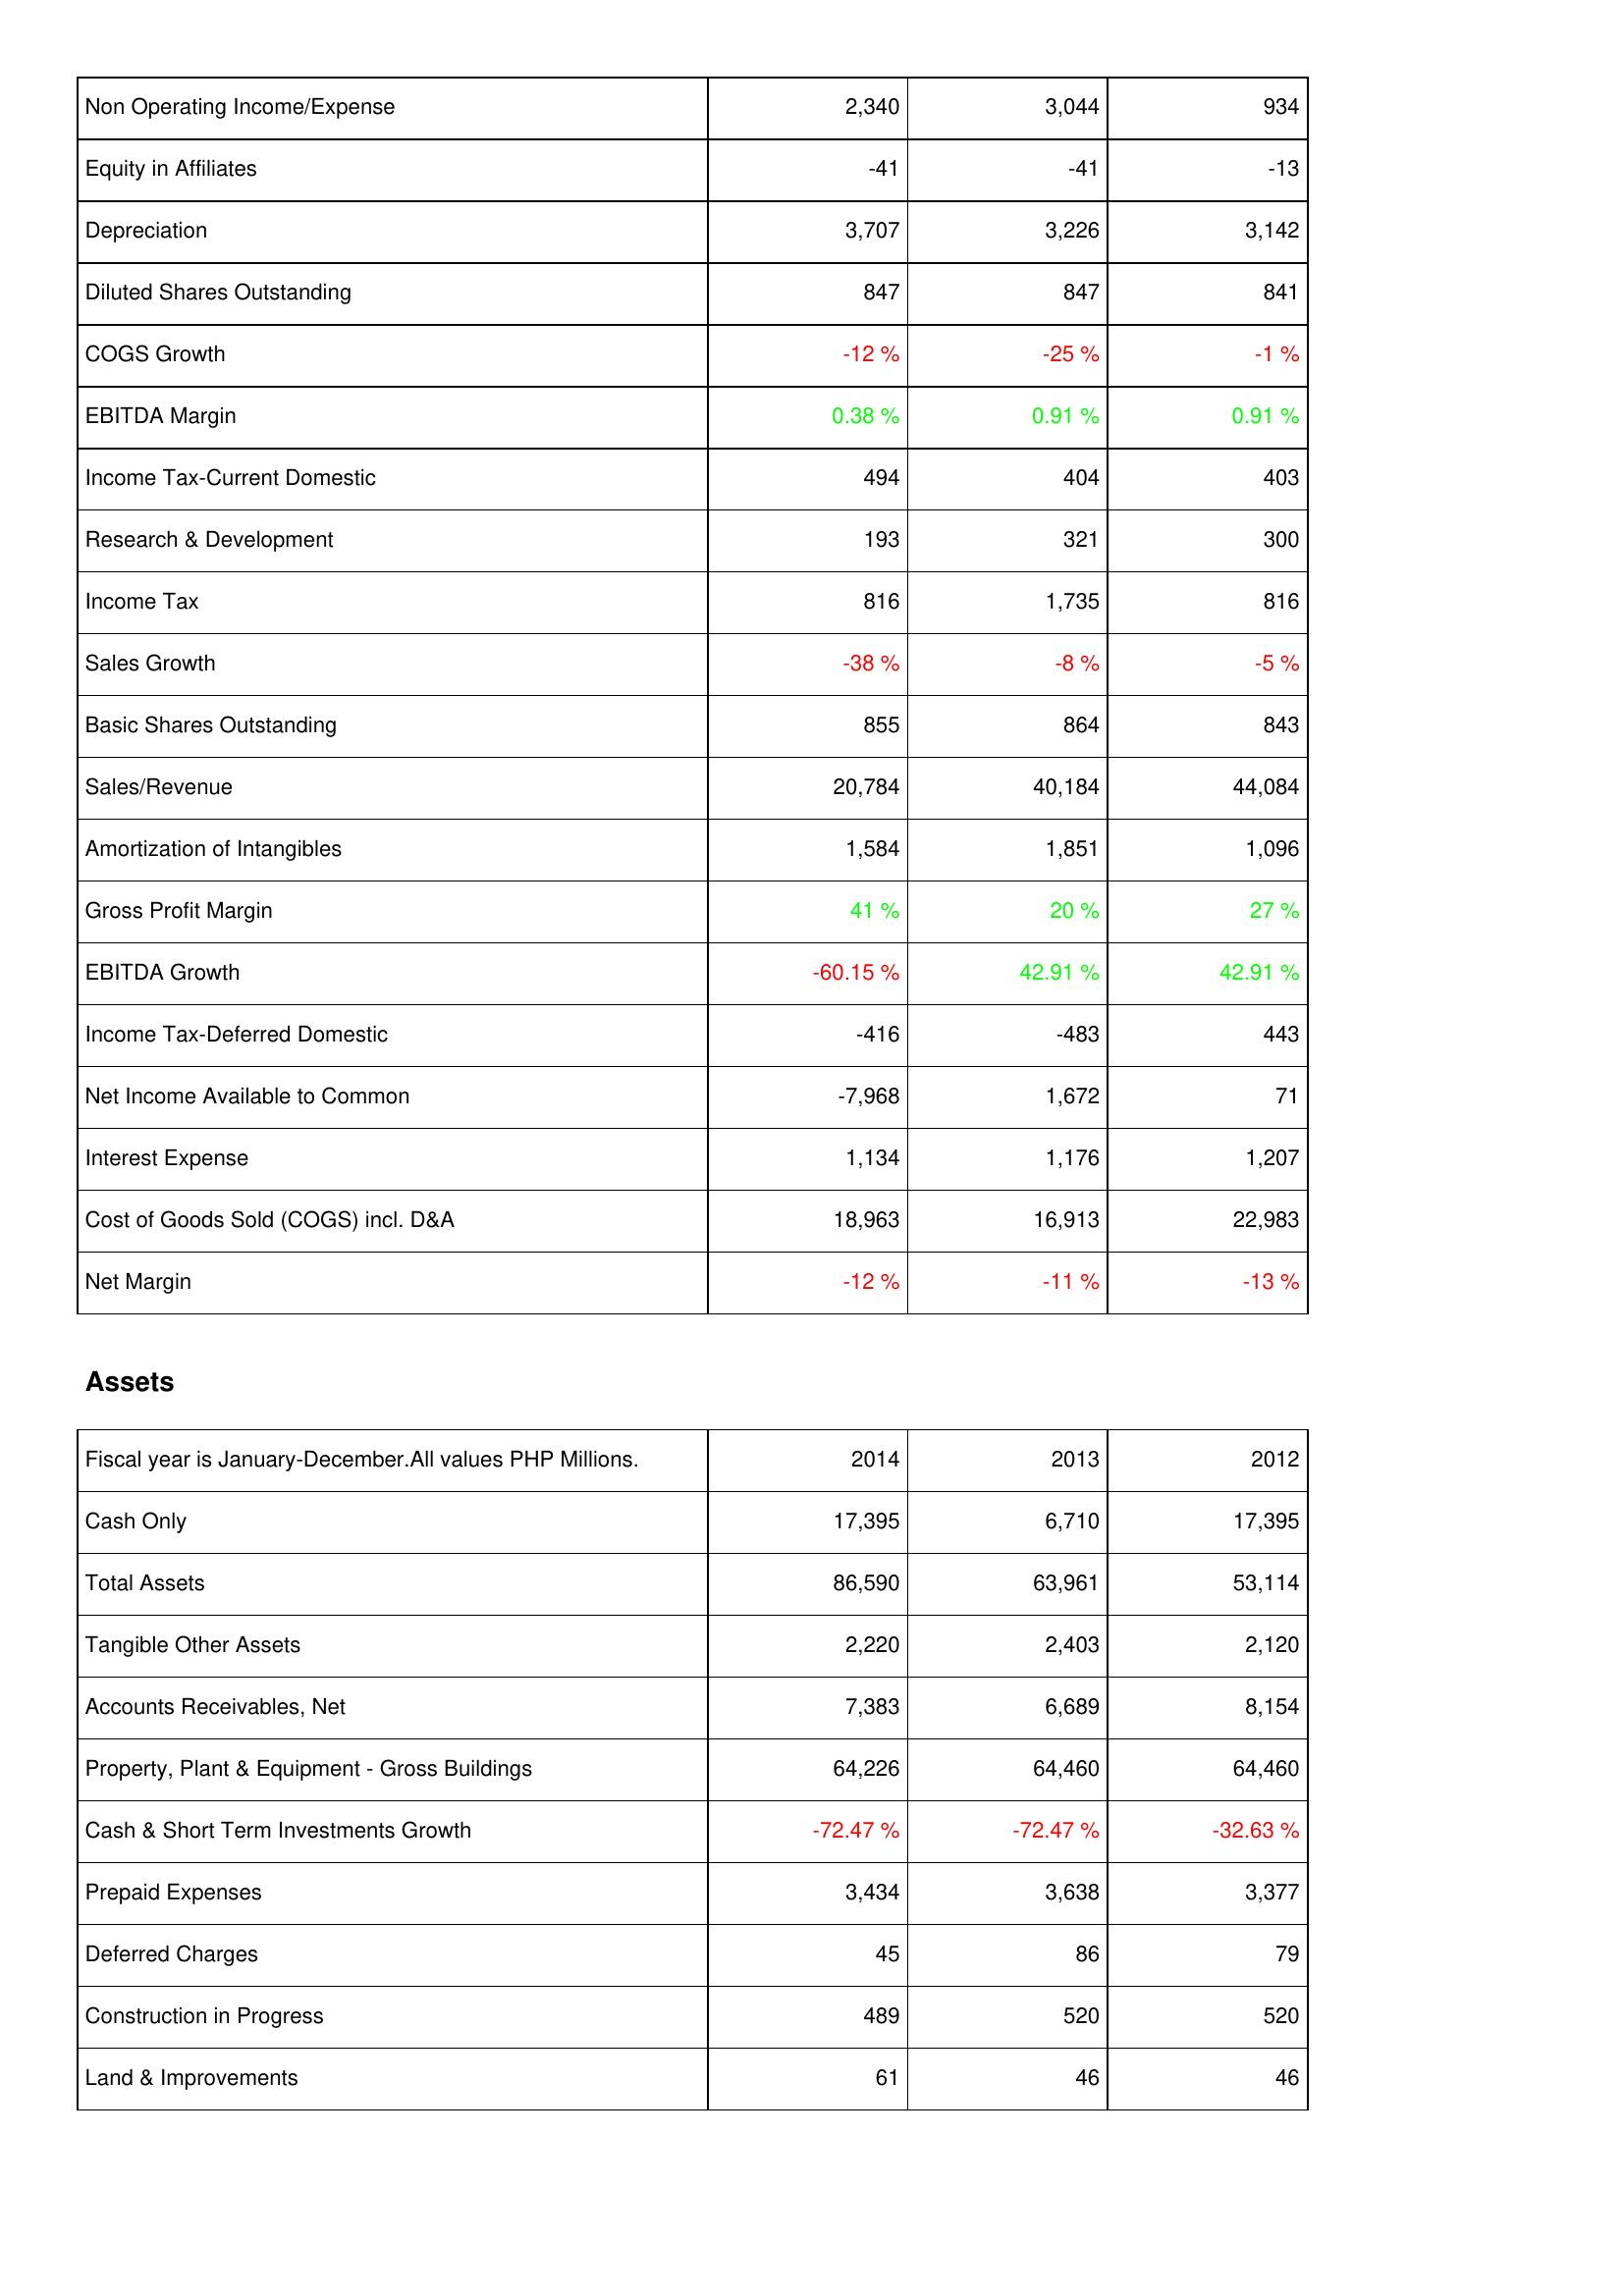
2014: Income Statement: Non Operating Income/Expense: 2,340
Equity in Affiliates: -41
Depreciation: 3,707
Diluted Shares Outstanding: 847
COGS Growth: -12 %
EBITDA Margin: 0.38 %
Income Tax-Current Domestic: 494
Research & Development: 193
Income Tax: 816
Sales Growth: -38 %
Basic Shares Outstanding: 855
Sales/Revenue: 20,784
Amortization of Intangibles: 1,584
Gross Profit Margin: 41 %
EBITDA Growth: -60.15 %
Income Tax-Deferred Domestic: -416
Net Income Available to Common: -7,968
Interest Expense: 1,134
Cost of Goods Sold (COGS) incl. D&A: 18,963
Net Margin: -12 %
Assets: Cash Only: 17,395
Total Assets: 86,590
Tangible Other Assets: 2,220
Accounts Receivables, Net: 7,383
Property, Plant & Equipment - Gross Buildings: 64,226
Cash & Short Term Investments Growth: -72.47 %
Prepaid Expenses: 3,434
Deferred Charges: 45
Construction in Progress: 489
Land & Improvements: 61
2013: Income Statement: Non Operating Income/Expense: 3,044
Equity in Affiliates: -41
Depreciation: 3,226
Diluted Shares Outstanding: 847
COGS Growth: -25 %
EBITDA Margin: 0.91 %
Income Tax-Current Domestic: 404
Research & Development: 321
Income Tax: 1,735
Sales Growth: -8 %
Basic Shares Outstanding: 864
Sales/Revenue: 40,184
Amortization of Intangibles: 1,851
Gross Profit Margin: 20 %
EBITDA Growth: 42.91 %
Income Tax-Deferred Domestic: -483
Net Income Available to Common: 1,672
Interest Expense: 1,176
Cost of Goods Sold (COGS) incl. D&A: 16,913
Net Margin: -11 %
Assets: Cash Only: 6,710
Total Assets: 63,961
Tangible Other Assets: 2,403
Accounts Receivables, Net: 6,689
Property, Plant & Equipment - Gross Buildings: 64,460
Cash & Short Term Investments Growth: -72.47 %
Prepaid Expenses: 3,638
Deferred Charges: 86
Construction in Progress: 520
Land & Improvements: 46
2012: Income Statement: Non Operating Income/Expense: 934
Equity in Affiliates: -13
Depreciation: 3,142
Diluted Shares Outstanding: 841
COGS Growth: -1 %
EBITDA Margin: 0.91 %
Income Tax-Current Domestic: 403
Research & Development: 300
Income Tax: 816
Sales Growth: -5 %
Basic Shares Outstanding: 843
Sales/Revenue: 44,084
Amortization of Intangibles: 1,096
Gross Profit Margin: 27 %
EBITDA Growth: 42.91 %
Income Tax-Deferred Domestic: 443
Net Income Available to Common: 71
Interest Expense: 1,207
Cost of Goods Sold (COGS) incl. D&A: 22,983
Net Margin: -13 %
Assets: Cash Only: 17,395
Total Assets: 53,114
Tangible Other Assets: 2,120
Accounts Receivables, Net: 8,154
Property, Plant & Equipment - Gross Buildings: 64,460
Cash & Short Term Investments Growth: -32.63 %
Prepaid Expenses: 3,377
Deferred Charges: 79
Construction in Progress: 520
Land & Improvements: 46